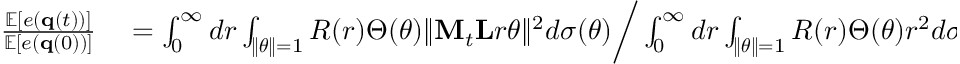
\begin{array} { r l } { \frac { \mathbb { E } [ e ( { \bf q } ( t ) ) ] } { \mathbb { E } [ e ( { \bf q } ( 0 ) ) ] } } & { { } = \int _ { 0 } ^ { \infty } d r \int _ { \| \boldsymbol { \theta } \| = 1 } R ( r ) \Theta ( \boldsymbol { \theta } ) \| { \bf M } _ { t } { \bf L } r \boldsymbol { \theta } \| ^ { 2 } d \sigma ( \boldsymbol { \theta } ) \bigg / \int _ { 0 } ^ { \infty } d r \int _ { \| \boldsymbol { \theta } \| = 1 } R ( r ) \Theta ( \boldsymbol { \theta } ) r ^ { 2 } d \sigma ( \boldsymbol { \theta } ) } \end{array}